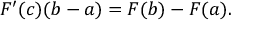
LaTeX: F ^ { \prime } ( c ) ( b - a ) = F ( b ) - F ( a ) .